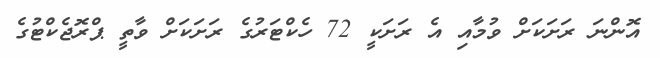
އޮންނަ ރަށަކަށް ވުމާއި އެ ރަށަކީ 72 ހެކްޓަރުގެ ރަށަކަށް ވާތީ ޕްރޮޖެކްޓުގެ